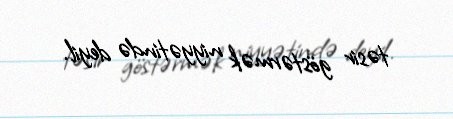
təsir göstərmək niyyətində deyil.